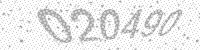
Solution: 020490